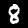
Label: 8